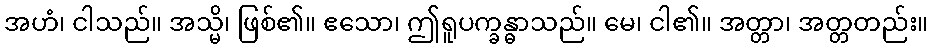
အဟံ၊ ငါသည်။ အသ္မိ၊ ဖြစ်၏။ ဧသော၊ ဤရူပက္ခန္ဓာသည်။ မေ၊ ငါ၏။ အတ္တာ၊ အတ္တတည်း။